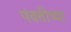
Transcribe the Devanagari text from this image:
पंक्तीच्या